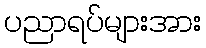
ပညာရပ်များအား